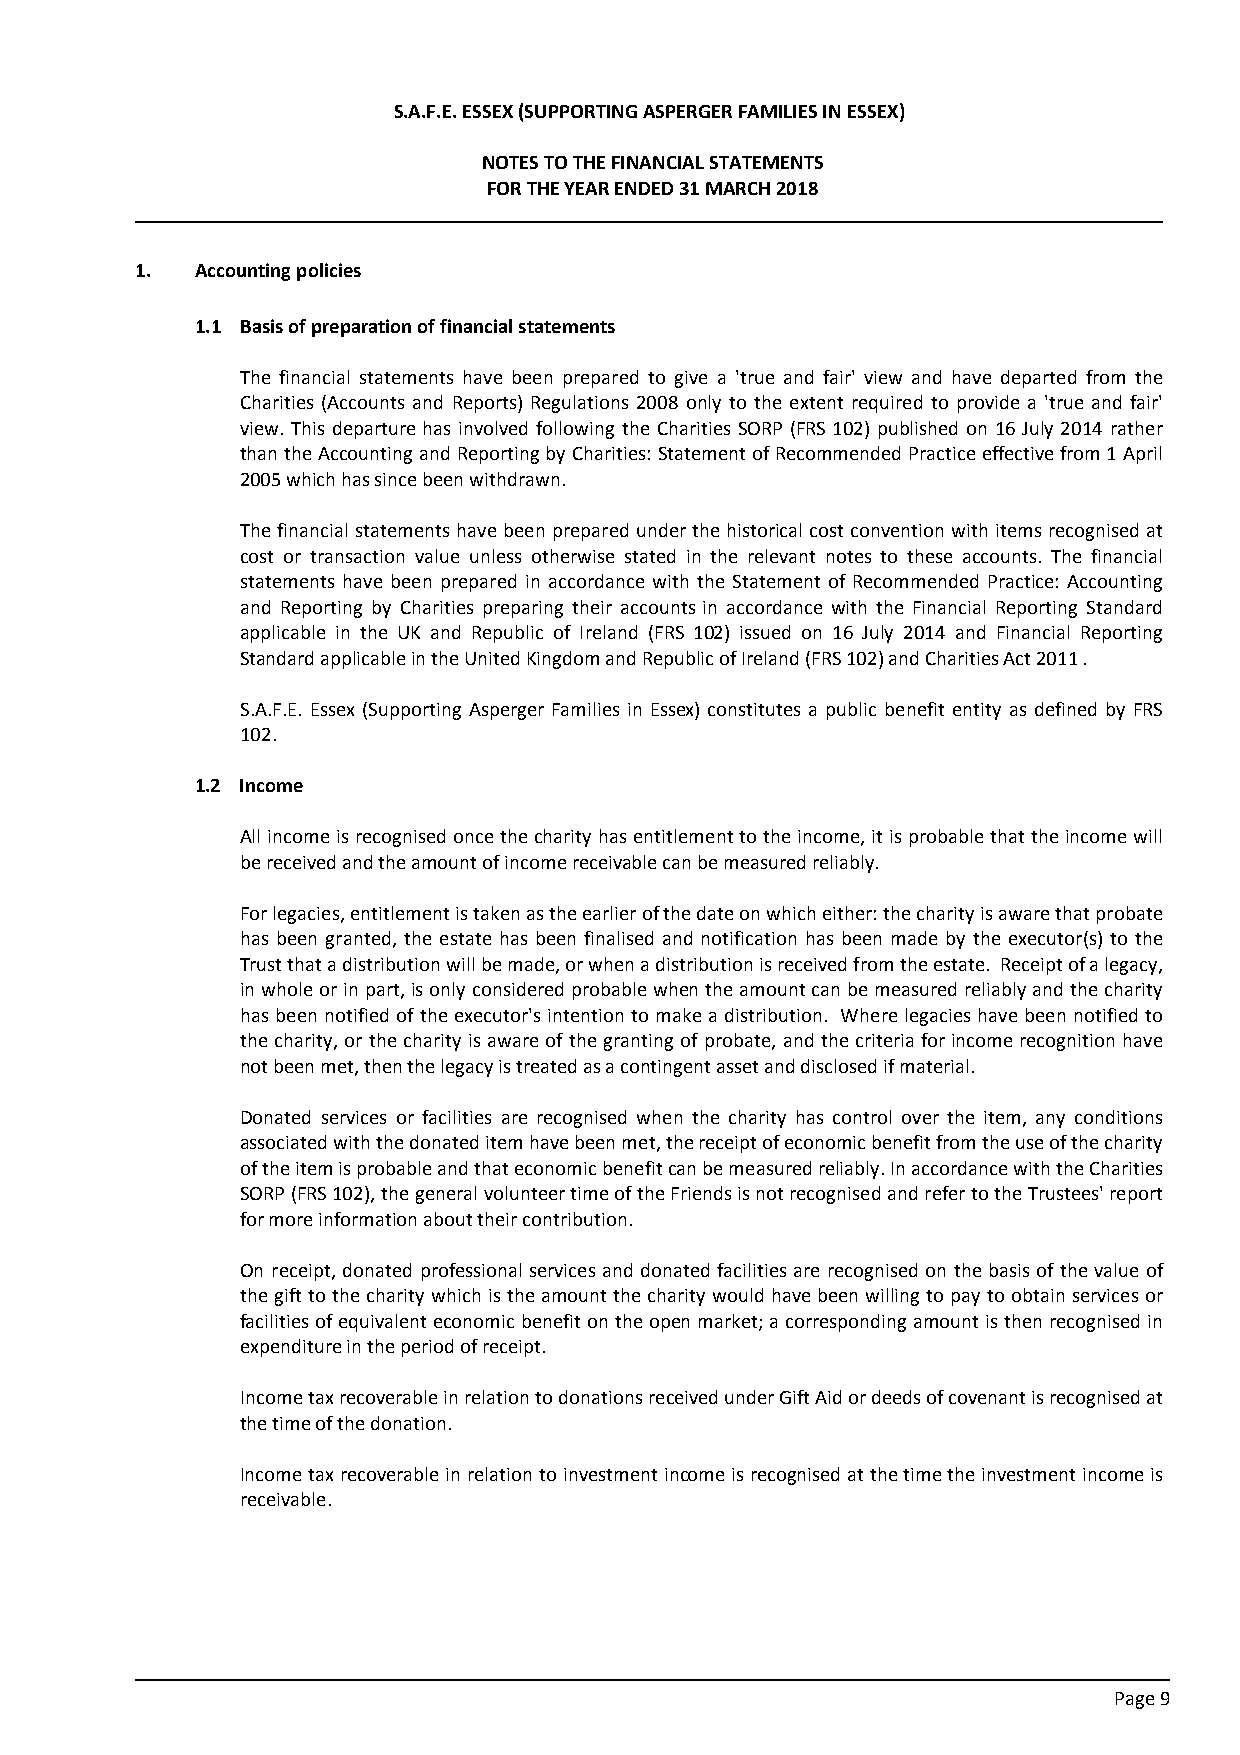
S.A.F.E. ESSEX (SUPPORTING ASPERGER FAMILIES IN ESSEX)
 NOTES TO THE FINANCIAL STATEMENTS
 FOR THE YEAR ENDED 31 MARCH 2018
 1.  Accounting policies
 1.1 Basis of preparation of financial statements
 The financial statements have been prepared to give a 'true and fair' view and have departed from the
 Charities (Accounts and Reports) Regulations 2008 only to the extent required to provide a 'true and fair'
 view. This departure has involved following the Charities SORP (FRS 102) published on 16 July 2014 rather
 than the Accounting and Reporting by Charities: Statement of Recommended Practice effective from 1 April
 2005 which has since been withdrawn.
 The financial statements have been prepared under the historical cost convention with items recognised at
 cost or transaction value unless otherwise stated in the relevant notes to these accounts. The financial
 statements have been prepared in accordance with the Statement of Recommended Practice: Accounting
 and Reporting by Charities preparing their accounts in accordance with the Financial Reporting Standard
 applicable in the UK and Republic of Ireland (FRS 102) issued on 16 July 2014 and Financial Reporting
 Standard applicable in the United Kingdom and Republic of Ireland (FRS 102) and Charities Act 2011.
 S.A.F.E. Essex (Supporting Asperger Families in Essex) constitutes a public benefit entity as defined by FRS
 102.
 1.2 Income
 All income is recognised once the charity has entitlement to the income, it is probable that the income will
 be received and the amount of income receivable can be measured reliably.
 For legacies, entitlement is taken as the earlier of the date on which either: the charity is aware that probate
 has been granted, the estate has been finalised and notification has been made by the executor(s) to the
 Trust that a distribution will be made, or when a distribution is received from the estate. Receipt of a legacy,
 in whole or in part, is only considered probable when the amount can be measured reliably and the charity
 has been notified of the executor's intention to make a distribution. Where legacies have been notified to
 the charity, or the charity is aware of the granting of probate, and the criteria for income recognition have
 not been met, then the legacy is treated as a contingent asset and disclosed if material.
 Donated services or facilities are recognised when the charity has control over the item, any conditions
 associated with the donated item have been met, the receipt of economic benefit from the use of the charity
 of the item is probable and that economic benefit can be measured reliably. In accordance with the Charities
 SORP (FRS 102), the general volunteer time of the Friends is not recognised and refer to the Trustees' report
 for more information about their contribution.
 On receipt, donated professional services and donated facilities are recognised on the basis of the value of
 the gift to the charity which is the amount the charity would have been willing to pay to obtain services or
 facilities of equivalent economic benefit on the open market; a corresponding amount is then recognised in
 expenditure in the period of receipt.
 Income tax recoverable in relation to donations received under Gift Aid or deeds of covenant is recognised at
 the time of the donation.
 Income tax recoverable in relation to investment income is recognised at the time the investment income is
 receivable.
 Page 9